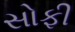
સોફી